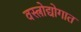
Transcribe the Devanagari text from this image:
वस्त्रोद्योगात